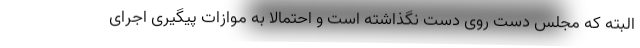
البته که مجلس دست روی دست نگذاشته است و احتمالا به موازات پیگیری اجرای